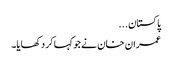
پاکستان...
عمران خان نے جو کہا کر دکھایا۔